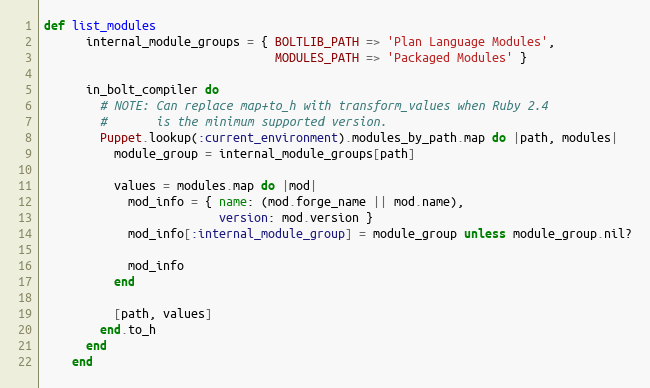
Language: Ruby
def list_modules
      internal_module_groups = { BOLTLIB_PATH => 'Plan Language Modules',
                                 MODULES_PATH => 'Packaged Modules' }

      in_bolt_compiler do
        # NOTE: Can replace map+to_h with transform_values when Ruby 2.4
        #       is the minimum supported version.
        Puppet.lookup(:current_environment).modules_by_path.map do |path, modules|
          module_group = internal_module_groups[path]

          values = modules.map do |mod|
            mod_info = { name: (mod.forge_name || mod.name),
                         version: mod.version }
            mod_info[:internal_module_group] = module_group unless module_group.nil?

            mod_info
          end

          [path, values]
        end.to_h
      end
    end